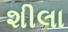
શીલા